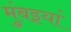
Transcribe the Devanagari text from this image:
मुंबइयां